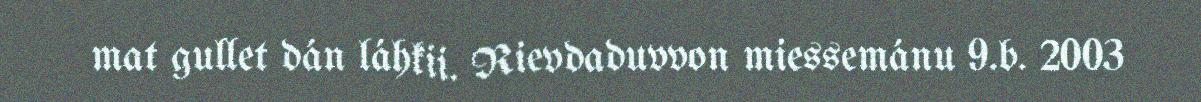
mat gullet dán láhkii. Rievdaduvvon miessemánu 9.b. 2003